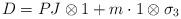
LaTeX: \begin{align*}D = PJ\otimes 1 + m\cdot 1\otimes \sigma_3\end{align*}